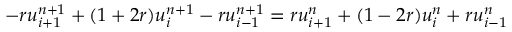
- r u _ { i + 1 } ^ { n + 1 } + ( 1 + 2 r ) u _ { i } ^ { n + 1 } - r u _ { i - 1 } ^ { n + 1 } = r u _ { i + 1 } ^ { n } + ( 1 - 2 r ) u _ { i } ^ { n } + r u _ { i - 1 } ^ { n }